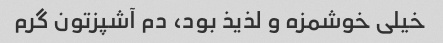
خیلی خوشمزه و لذیذ بود، دم آشپزتون گرم